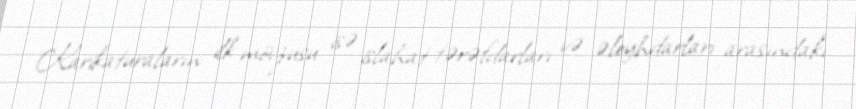
Karikaturaların ilk mövzusu isə islahat tərəfdarları və əleyhdarları arasındakı